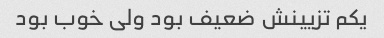
یکم تزیینش ضعیف بود ولی خوب بود